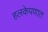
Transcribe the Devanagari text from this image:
हलकेपणात